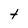
Character: t